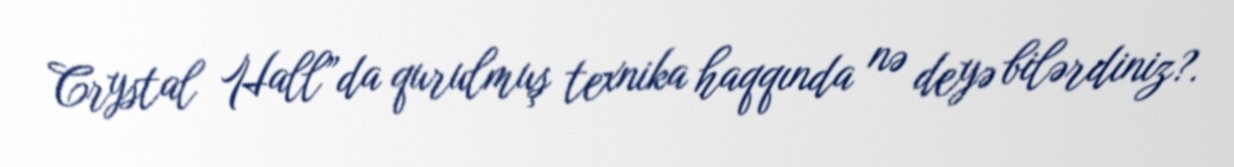
Crystal Hall”da qurulmuş texnika haqqında nə deyə bilərdiniz?.